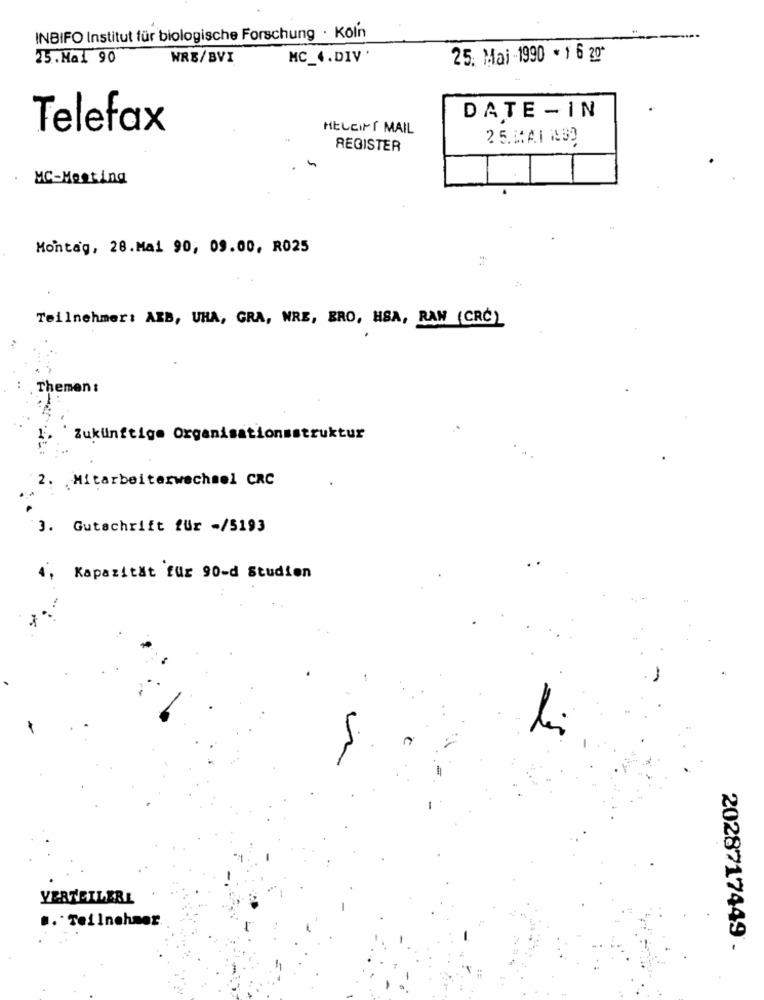
INBIFO Institut für biologische Forschung · Koln
25 . Mal 90
WRB/BVI
MC_4.DIV
25. Mai -1990 * 1 6 20"
DATE - IN
Telefax
HELEINT MAIL
REGISTER
MC-Meeting
Montag, 28.Mai 90, 09.00, R025
Teilnehmer: ARB, UHA, GRA, WRE, BRO, HSA, RAW (CRC)
Themen :
Zukünftige Organisationsstruktur
. Mitarbeiterwechsel CRC
3. Gutschrift für -/5193
, Kapazität für 90-d Studien
li
VERTEILERL
.. Teilnehmer
2028717449.